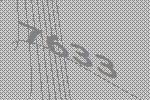
7633